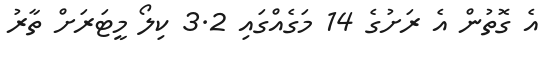
އެ ގޮތުން އެ ރަށުގެ 14 މަގެއްގައި 3.2 ކިލޯ މީޓަރަށް ތާރު